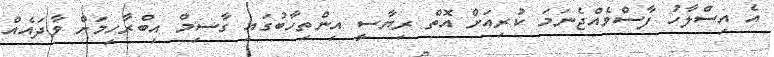
އެ އިސްލާހު ފާސްވެއްޖެނަމަ ކުރިއަށް އޮތް ރިޔާސީ އިންތިހާބުގައި ގާސިމް އިބްރާހިމަށް ވާދައެއް